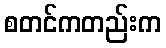
စတင်ကတည်းက